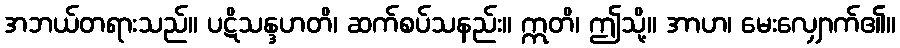
အဘယ်တရားသည်။ ပဋိသန္ဒဟတိ၊ ဆက်စပ်သနည်း။ ဣတိ၊ ဤသို့။ အာဟ၊ မေးလျှောက်၏။